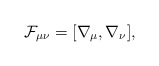
\begin{align*}{\cal F}_{\mu\nu} = [\nabla_\mu, \nabla_\nu],\end{align*}